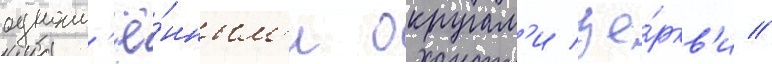
одноим'ё́нным'и округам'и це́ркв'и //